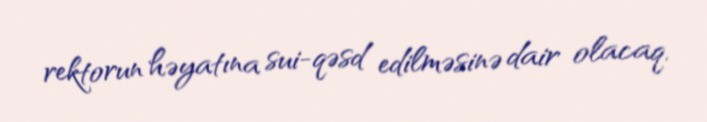
rektorun həyatına sui-qəsd edilməsinə dair olacaq.